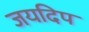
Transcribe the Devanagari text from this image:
जयदिप